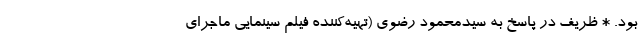
بود. * ظریف در پاسخ به سیدمحمود رضوی (تهیه‌کننده فیلم سینمایی ماجرای